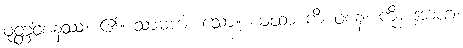
ဝုတ္တဝစနဿ၊ ၏။ သာဓကံ၊ သော။ ယထာ ကိံ ဝစနံ၊ ကို။ အာဟ၊